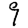
Digit: 9